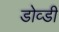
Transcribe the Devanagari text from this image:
डोव्डी